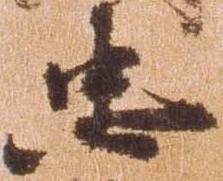
忠